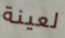
لعينة